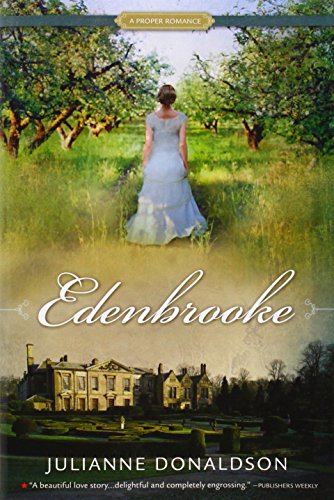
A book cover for Edenbrooke; Julianne Donaldson; Romance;